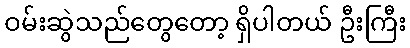
ဝမ်းဆွဲသည်တွေတော့ ရှိပါတယ် ဦးကြီး